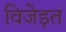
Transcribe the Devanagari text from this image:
विजेइत